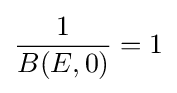
{\frac {1}{B(E,0)}}=1